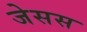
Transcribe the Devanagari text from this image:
जेसस